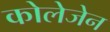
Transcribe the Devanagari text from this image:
कोलेजेन